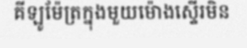
គីឡូម៉ែត្រក្នុងមួយម៉ោងស្ទើរមិន